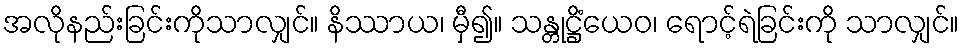
အလိုနည်းခြင်းကိုသာလျှင်။ နိဿာယ၊ မှီ၍။ သန္တုဋ္ဌိံယေဝ၊ ရောင့်ရဲခြင်းကို သာလျှင်။